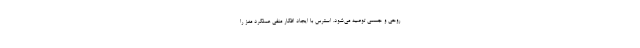
روحی و جسمی توصیه می‌شود. استرس با ایجاد افکار منفی عملکرد مغز را